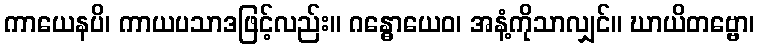
ကာယေနပိ၊ ကာယပသာဒဖြင့်လည်း။ ဂန္ဓောယေဝ၊ အနံ့ကိုသာလျှင်။ ဃာယိတဗ္ဗော၊